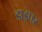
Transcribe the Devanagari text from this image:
डाइपर